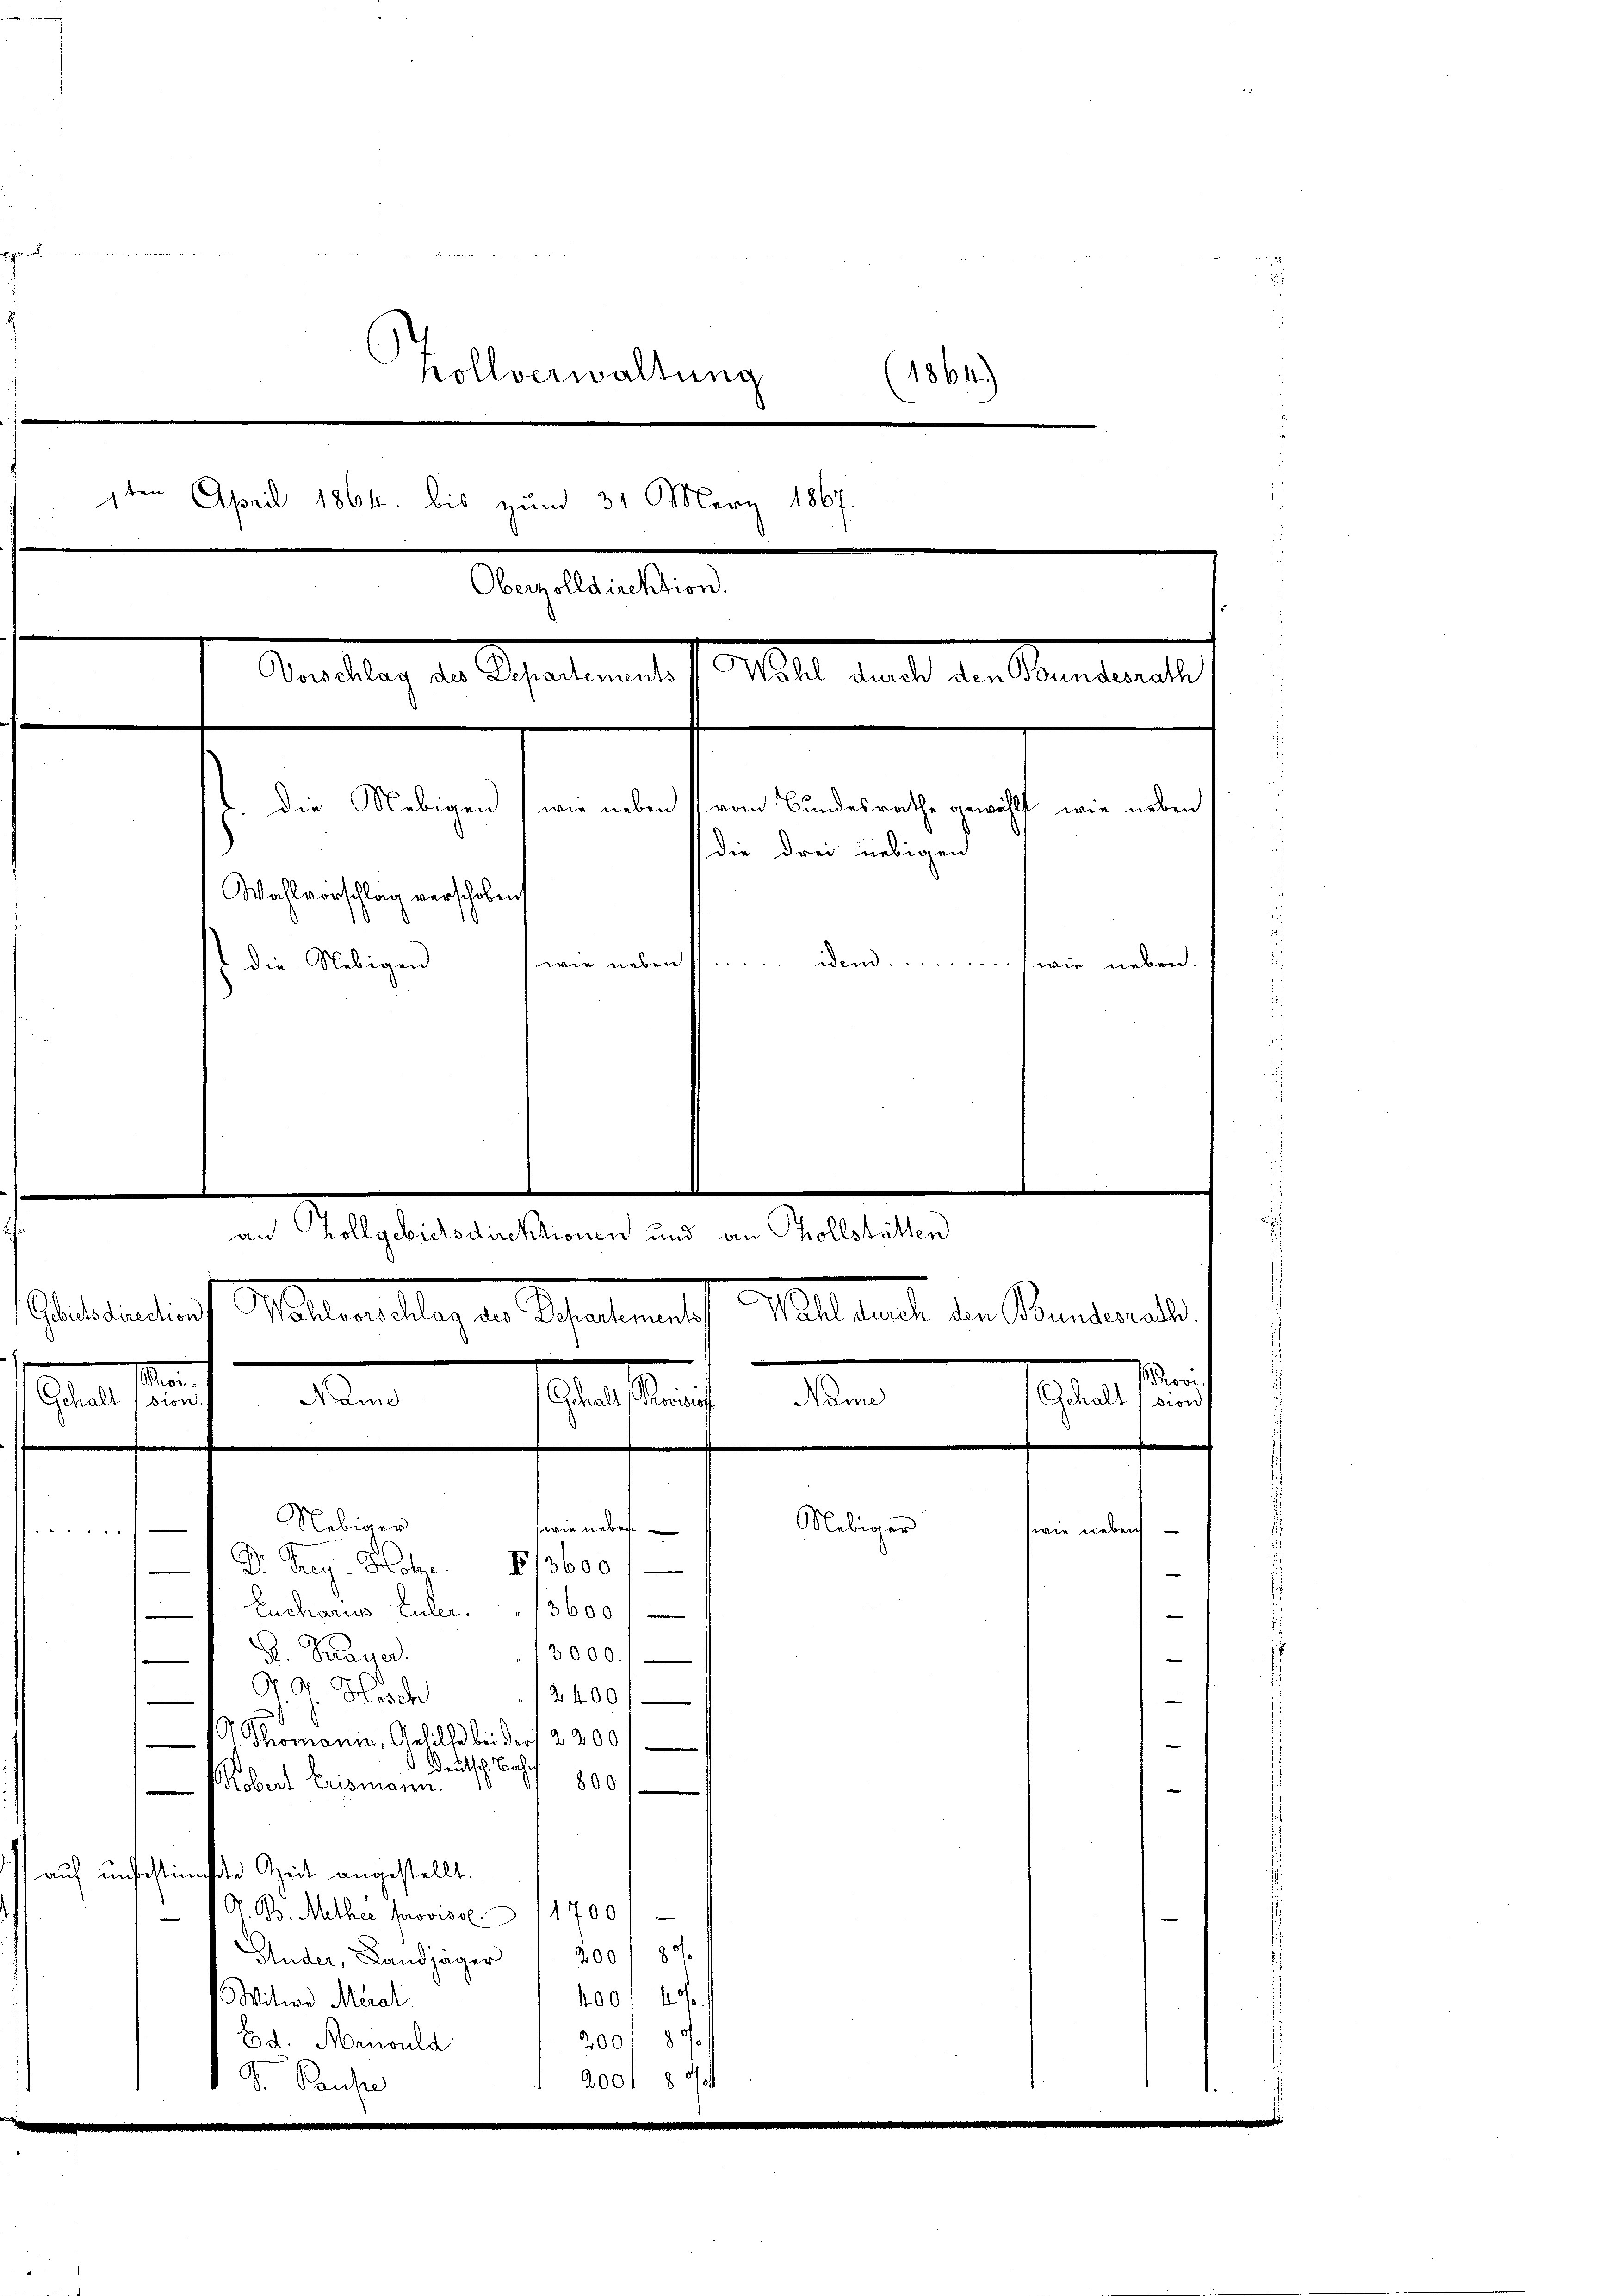
gerat, in meinen

Zollverwaltung
(1864)
1ten April 1864. bis zum 31. März 1867.
.
Schartements
Mlle anderat
e
wie neben (vom Bundesrathe gewählt, wie neben
 die Nebigen
die drei nebigen
Wahlvorschlag verschoben
wie neben ..... idem............ wie neben.
st die Nebigen

e
an Zollgebietsdirektionen und an Tollstätten
atelalten Schulmeilliger Schalterath Walthat der Kantonal
Nebiger
Nebiger
wie aber

wie neben
Dr. Prey. Hohe 6/3600
Eucharius Enter.        3600
13000
S. Payer.
G. J. Hoch
12400/
 Thomanie, Gehille bei der 2200
Deutsch. Bach¬
800
Kobert Erismann.
auf unbestimte Zeit angestellt.
1700
O. B. Methee provisol.
Guder, Landjäger 200 f 8
400 f 4
Batin Mil
2001 87.
Ed. Menould
2001 80
G. Sacher
e

hoor
Ma
e
Gehalt Ision.
Gehalt (vion
Scalauf den